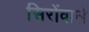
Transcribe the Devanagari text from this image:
सिरोंवाले